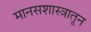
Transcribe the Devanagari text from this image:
मानसशास्त्रातून